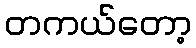
တကယ်တော့